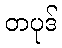
တပုဒ်